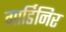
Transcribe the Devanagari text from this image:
गार्डिनिर